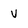
Character: V